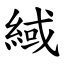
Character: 緎